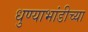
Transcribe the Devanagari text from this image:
धुण्याभांडीच्या